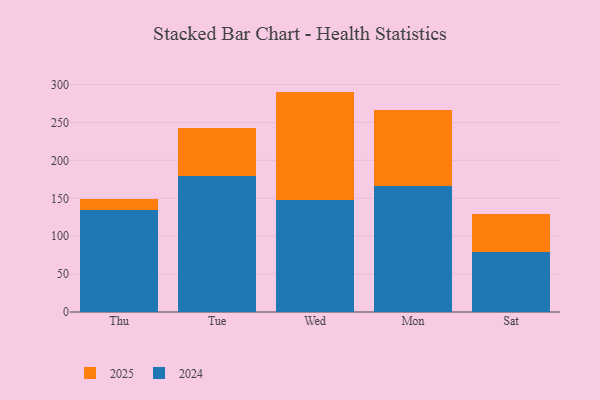
{"axis": {"x": "Day", "y": "Net Income (USD K)"}, "legend": ["2024", "2025"], "data": [{"x": "Thu", "y": 14.7, "type": "2025"}, {"x": "Thu", "y": 134.1, "type": "2024"}, {"x": "Tue", "y": 63.9, "type": "2025"}, {"x": "Tue", "y": 178.9, "type": "2024"}, {"x": "Wed", "y": 143.1, "type": "2025"}, {"x": "Wed", "y": 147.7, "type": "2024"}, {"x": "Mon", "y": 101.3, "type": "2025"}, {"x": "Mon", "y": 165.6, "type": "2024"}, {"x": "Sat", "y": 50.2, "type": "2025"}, {"x": "Sat", "y": 78.7, "type": "2024"}]}